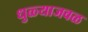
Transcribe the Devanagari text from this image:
धुळ्याजवळ